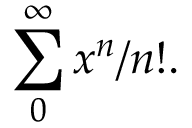
\sum _ { 0 } ^ { \infty } x ^ { n } / n ! .